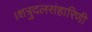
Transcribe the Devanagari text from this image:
।शत्रुदलसंहारिणी